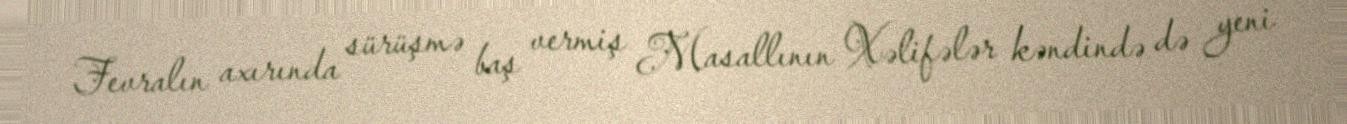
Fevralın axırında sürüşmə baş vermiş Masallının Xəlifələr kəndində də yeni